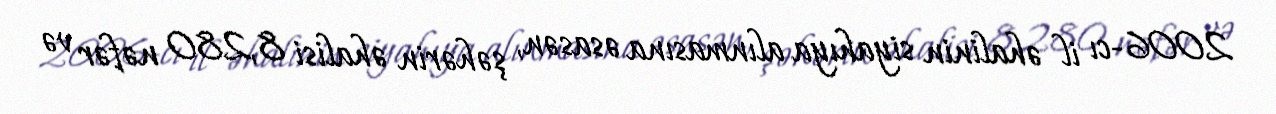
2006-cı il əhalinin siyahıya alınmasına əsasən, şəhərin əhalisi 8,280 nəfər və